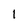
Character: 1